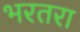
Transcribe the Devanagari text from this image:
भरतरा